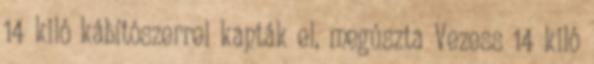
14 kiló kábítószerrel kapták el, megúszta Vezess 14 kiló